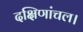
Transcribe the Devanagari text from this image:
दक्षिणांचल।